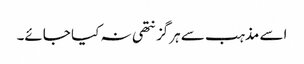
اسے مذہب سے ہرگز نتھی نہ کیا جائے۔